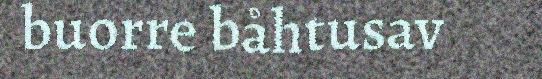
buorre båhtusav